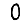
Digit: 0